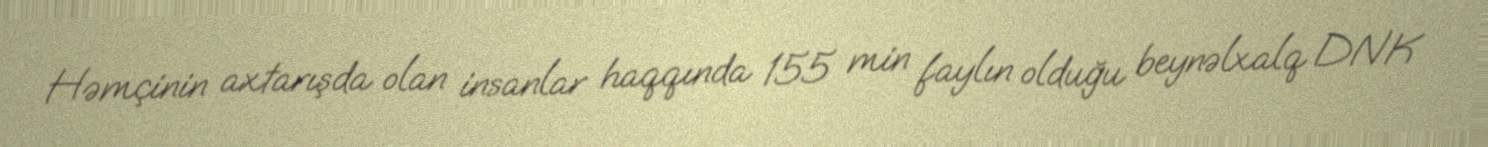
Həmçinin axtarışda olan insanlar haqqında 155 min faylın olduğu beynəlxalq DNK